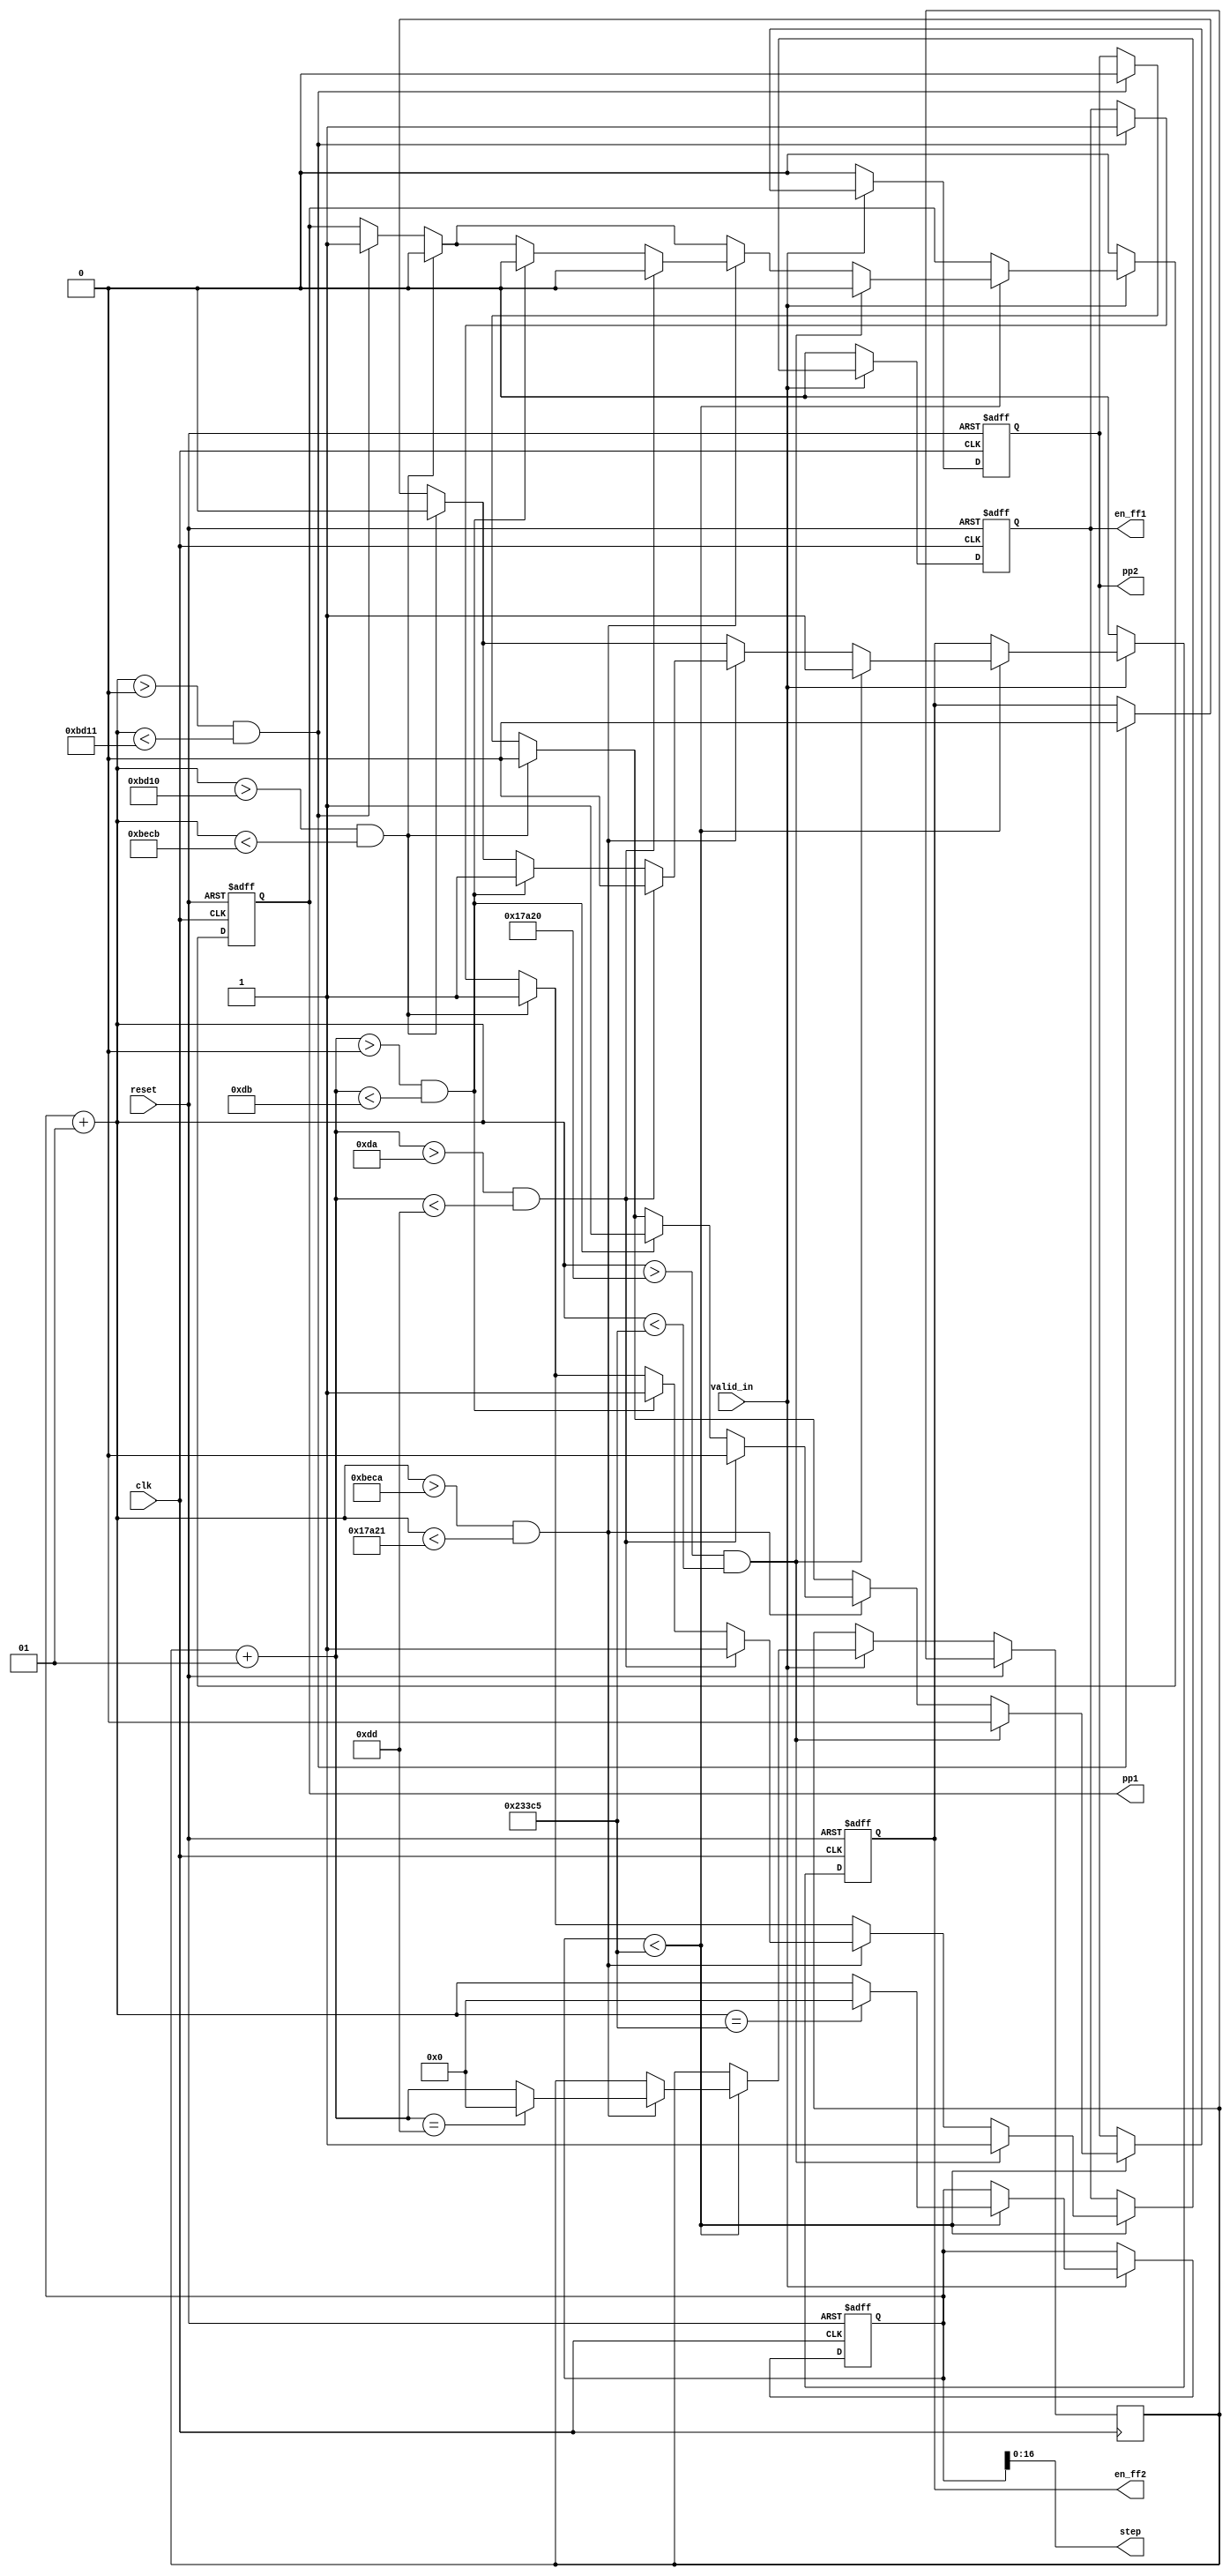
module Convolution_control
#(
	parameter DATA_WIDTH = 8
)
(
	input clk, reset, valid_in,
	output reg en_ff1, en_ff2, pp1, pp2,
	output [16:0] step
);

	parameter num_step = 144325;
	
	integer i = 0;
	//integer row = 0;
	integer col = 0;
	assign step = i;
	
	always @(posedge clk or posedge reset) 
	begin
		if(reset == 1) begin
			i <= 0;
			en_ff1 <= 0;
			en_ff2 <= 0;
			pp1 <= 0;
			pp2 <= 0;
		end
		else if(valid_in == 0) begin
			i <= i;
			en_ff1 <= 0;
			en_ff2 <= 0;
			pp1 <= 0;
			pp2 <= 0;			
		end
		else begin
			if(i<num_step) begin
				i = i + 1;
				//Write pixel to fifo 2
				if((i>0) && (i<48401)) begin
					en_ff1 <= 1;
					en_ff2 <= 0;
					pp1 <= 1;
					pp2 <= 0;
				end
				//Get pixel from fifo and write to window buffer
				if((i>48400) && (i<48843)) begin
					en_ff1 <= 1;
					en_ff2 <= 0;
					pp1 <= 0;
					pp2 <= 0;
				end
				//Caculate Conv
				if((i>48842) && (i<96801)) begin
					col = col + 1;
					if((col>0) && (col<219)) begin
						en_ff1 <= 1;
						en_ff2 <= 1;
						pp1 <= 0;
						pp2 <= 1;
					end
					if((col>218) && (col<221)) begin
						en_ff1 <= 1;
						en_ff2 <= 0;
						pp1 <= 0;
						pp2 <= 0;
					end
					if(col == 221) begin
						//row = row + 1;
						col = 0;
					end
				end
				
				if((i>96800) && (i<144325)) begin
					en_ff1 <= 1;
					en_ff2 <= 1;
					pp1 <= 0;
					pp2 <= 0;
				end

				if(i == num_step) begin
					i = 0;
				end
			end
			
		end
	end
endmodule